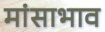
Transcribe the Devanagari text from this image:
मांसाभाव